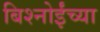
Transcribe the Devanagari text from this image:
बिश्‍नोईंच्या